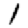
Digit: 1